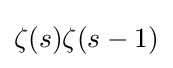
\zeta (s)\zeta (s-1)